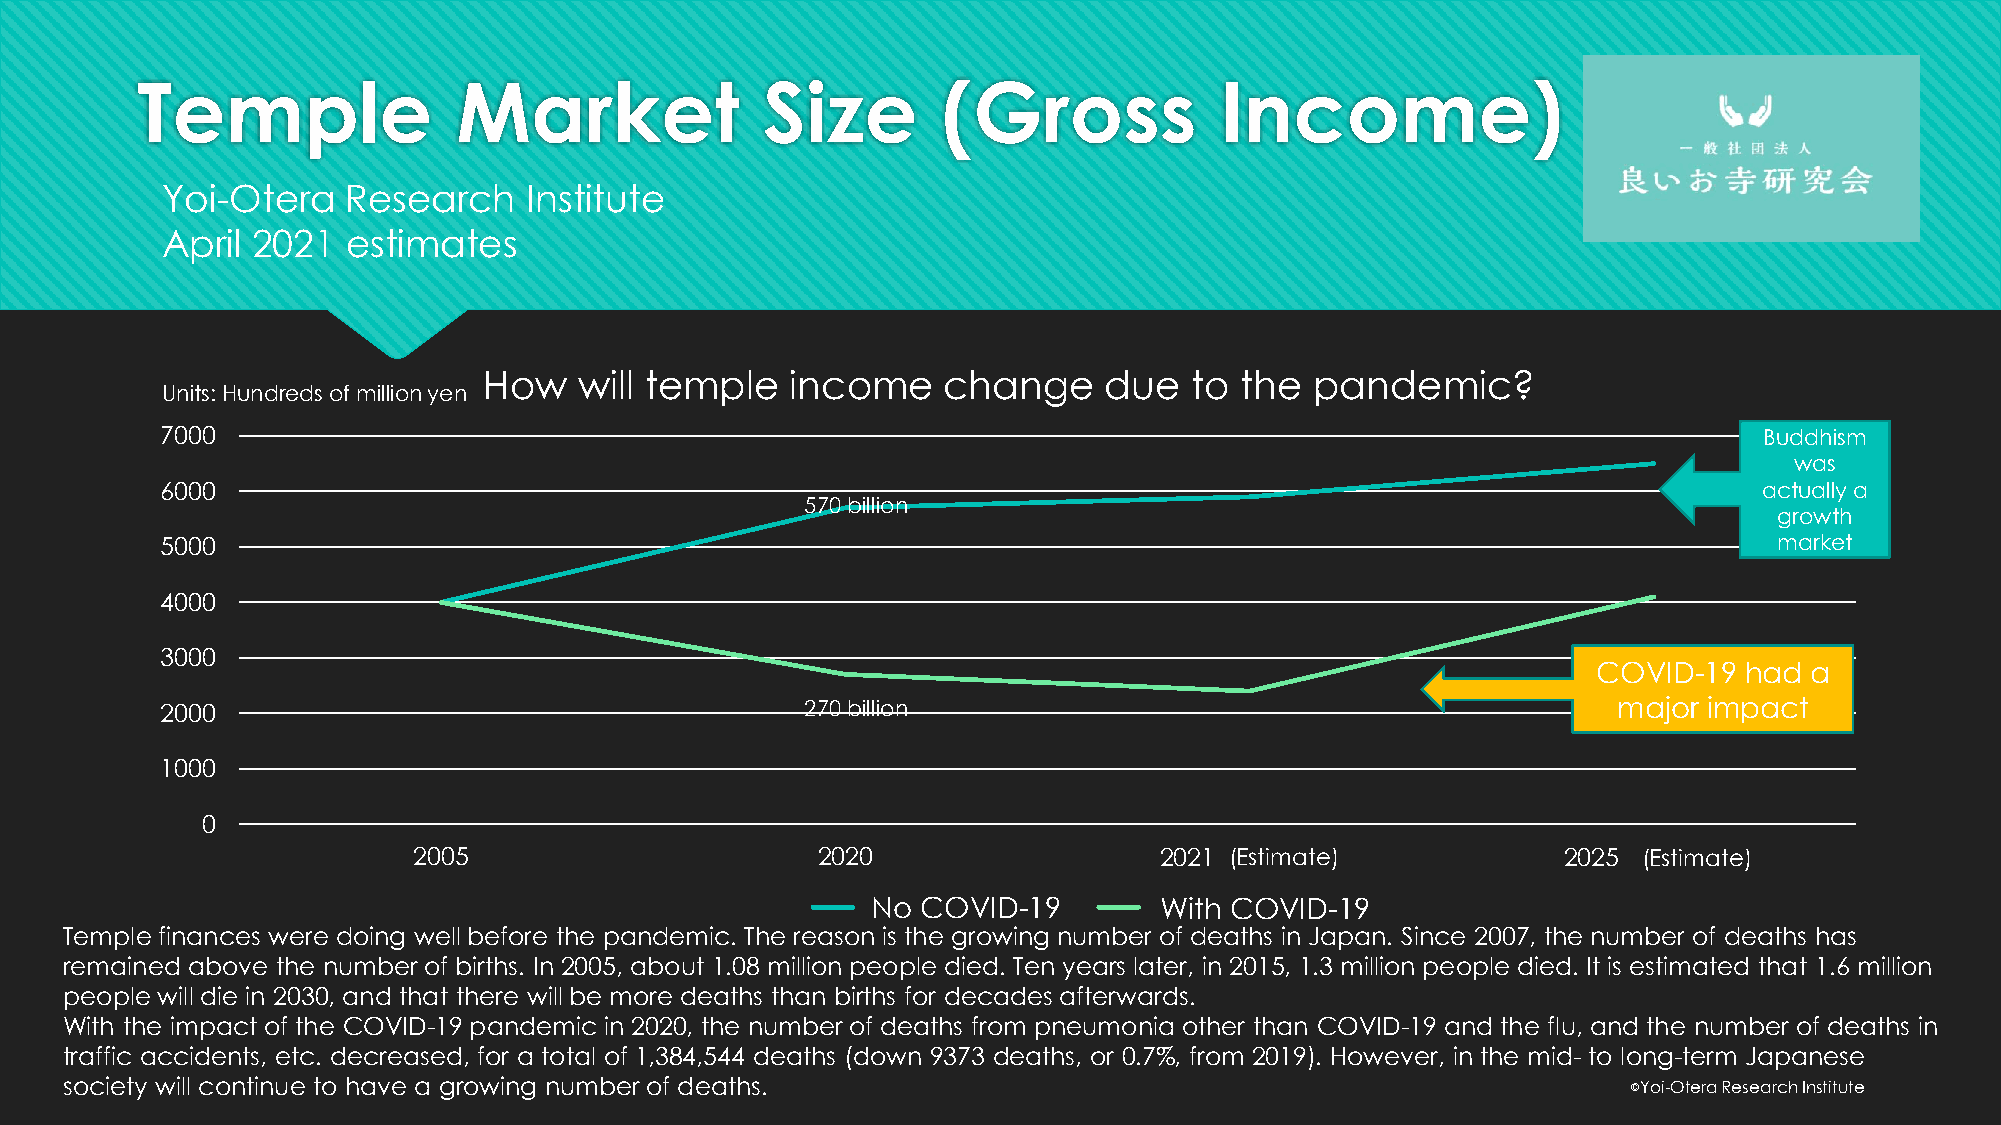
Temple               Market              Size        (Gross             Income)
 Yoi-Otera   Research    Institute
 April 2021  estimates
 How   will temple   income    change     due   to the  pandemic?
 Units: Hundreds of million yen
 7000                                                                                                      Buddhism
 was
 6000                                                                                                      actually a
 570 billion
 growth
 5000                                                                                                       market
 4000
 3000
 COVID-19 had  a
 2000                                      270 billion                                           major impact
 1000
 0
 2005                       2020                   2021（(E推st計im値at）e)       2025（(推Es計tim値a）te)
 コNロoナ C影O響VなIDし-19 コWロiナth影 C響OあVりID-19
 Temple finances were doing well before the pandemic. The reason is the growing number of deaths in Japan. Since 2007, the number of deaths has
 remained above the number of births. In 2005, about 1.08 million people died. Ten years later, in 2015, 1.3 million people died. It is estimated that 1.6 million
 people will die in 2030, and that there will be more deaths than births for decades afterwards.
 With the impact of the COVID-19 pandemic in 2020, the number of deaths from pneumonia other than COVID-19 and the flu, and the number of deaths in
 traffic accidents, etc. decreased, for a total of 1,384,544 deaths (down 9373 deaths, or 0.7%, from 2019). However, in the mid- to long-term Japanese
 society will continue to have a growing number of deaths.                                               ©️Yoi-Otera Research Institute